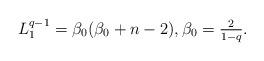
LaTeX: \begin{align*} L_1^{q-1} = \beta_0 ( \beta_0+n-2 ), \beta_0 = \tfrac{2}{1-q}. \end{align*}